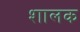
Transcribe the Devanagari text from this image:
शालक